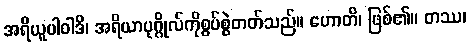
အရိယူပါဝါဒိ၊ အရိယာပုဂ္ဂိုလ်ကိုစွပ်စွဲတတ်သည်။ ဟောတိ၊ ဖြစ်၏။ တဿ၊